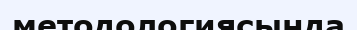
методологиясында